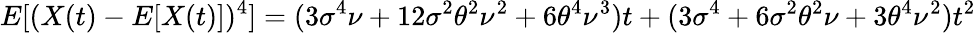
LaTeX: E[(X(t)-E[X(t)])^{4}]=(3\sigma^{4}\nu+12\sigma^{2}\theta^{2}\nu^{2}+6\theta^{4}\nu^{3})t+(3\sigma^{4}+6\sigma^{2}\theta^{2}\nu+3\theta^{4}\nu^{2})t^{2}